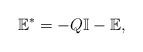
LaTeX: \begin{align*}\mathbb{E^{*}}=-Q\mathbb{I}-\mathbb{E},\end{align*}